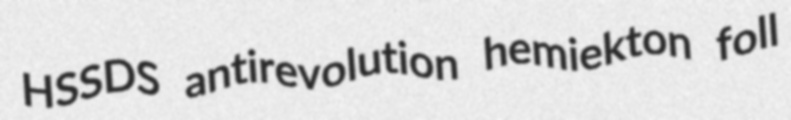
HSSDS antirevolution hemiekton foll